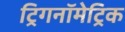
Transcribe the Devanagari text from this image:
ट्रिगनॉमेट्रिक